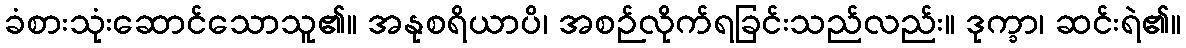
ခံစားသုံးဆောင်သောသူ၏။ အနုစရိယာပိ၊ အစဉ်လိုက်ရခြင်းသည်လည်း။ ဒုက္ခာ၊ ဆင်းရဲ၏။